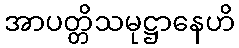
အာပတ္တိသမုဋ္ဌာနေဟိ